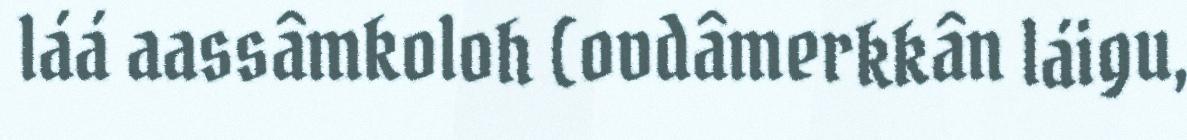
láá aassâmkoloh (ovdâmerkkân láigu,